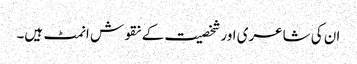
ان کی شاعری اور شخصیت کے نقوش انمٹ ہیں۔